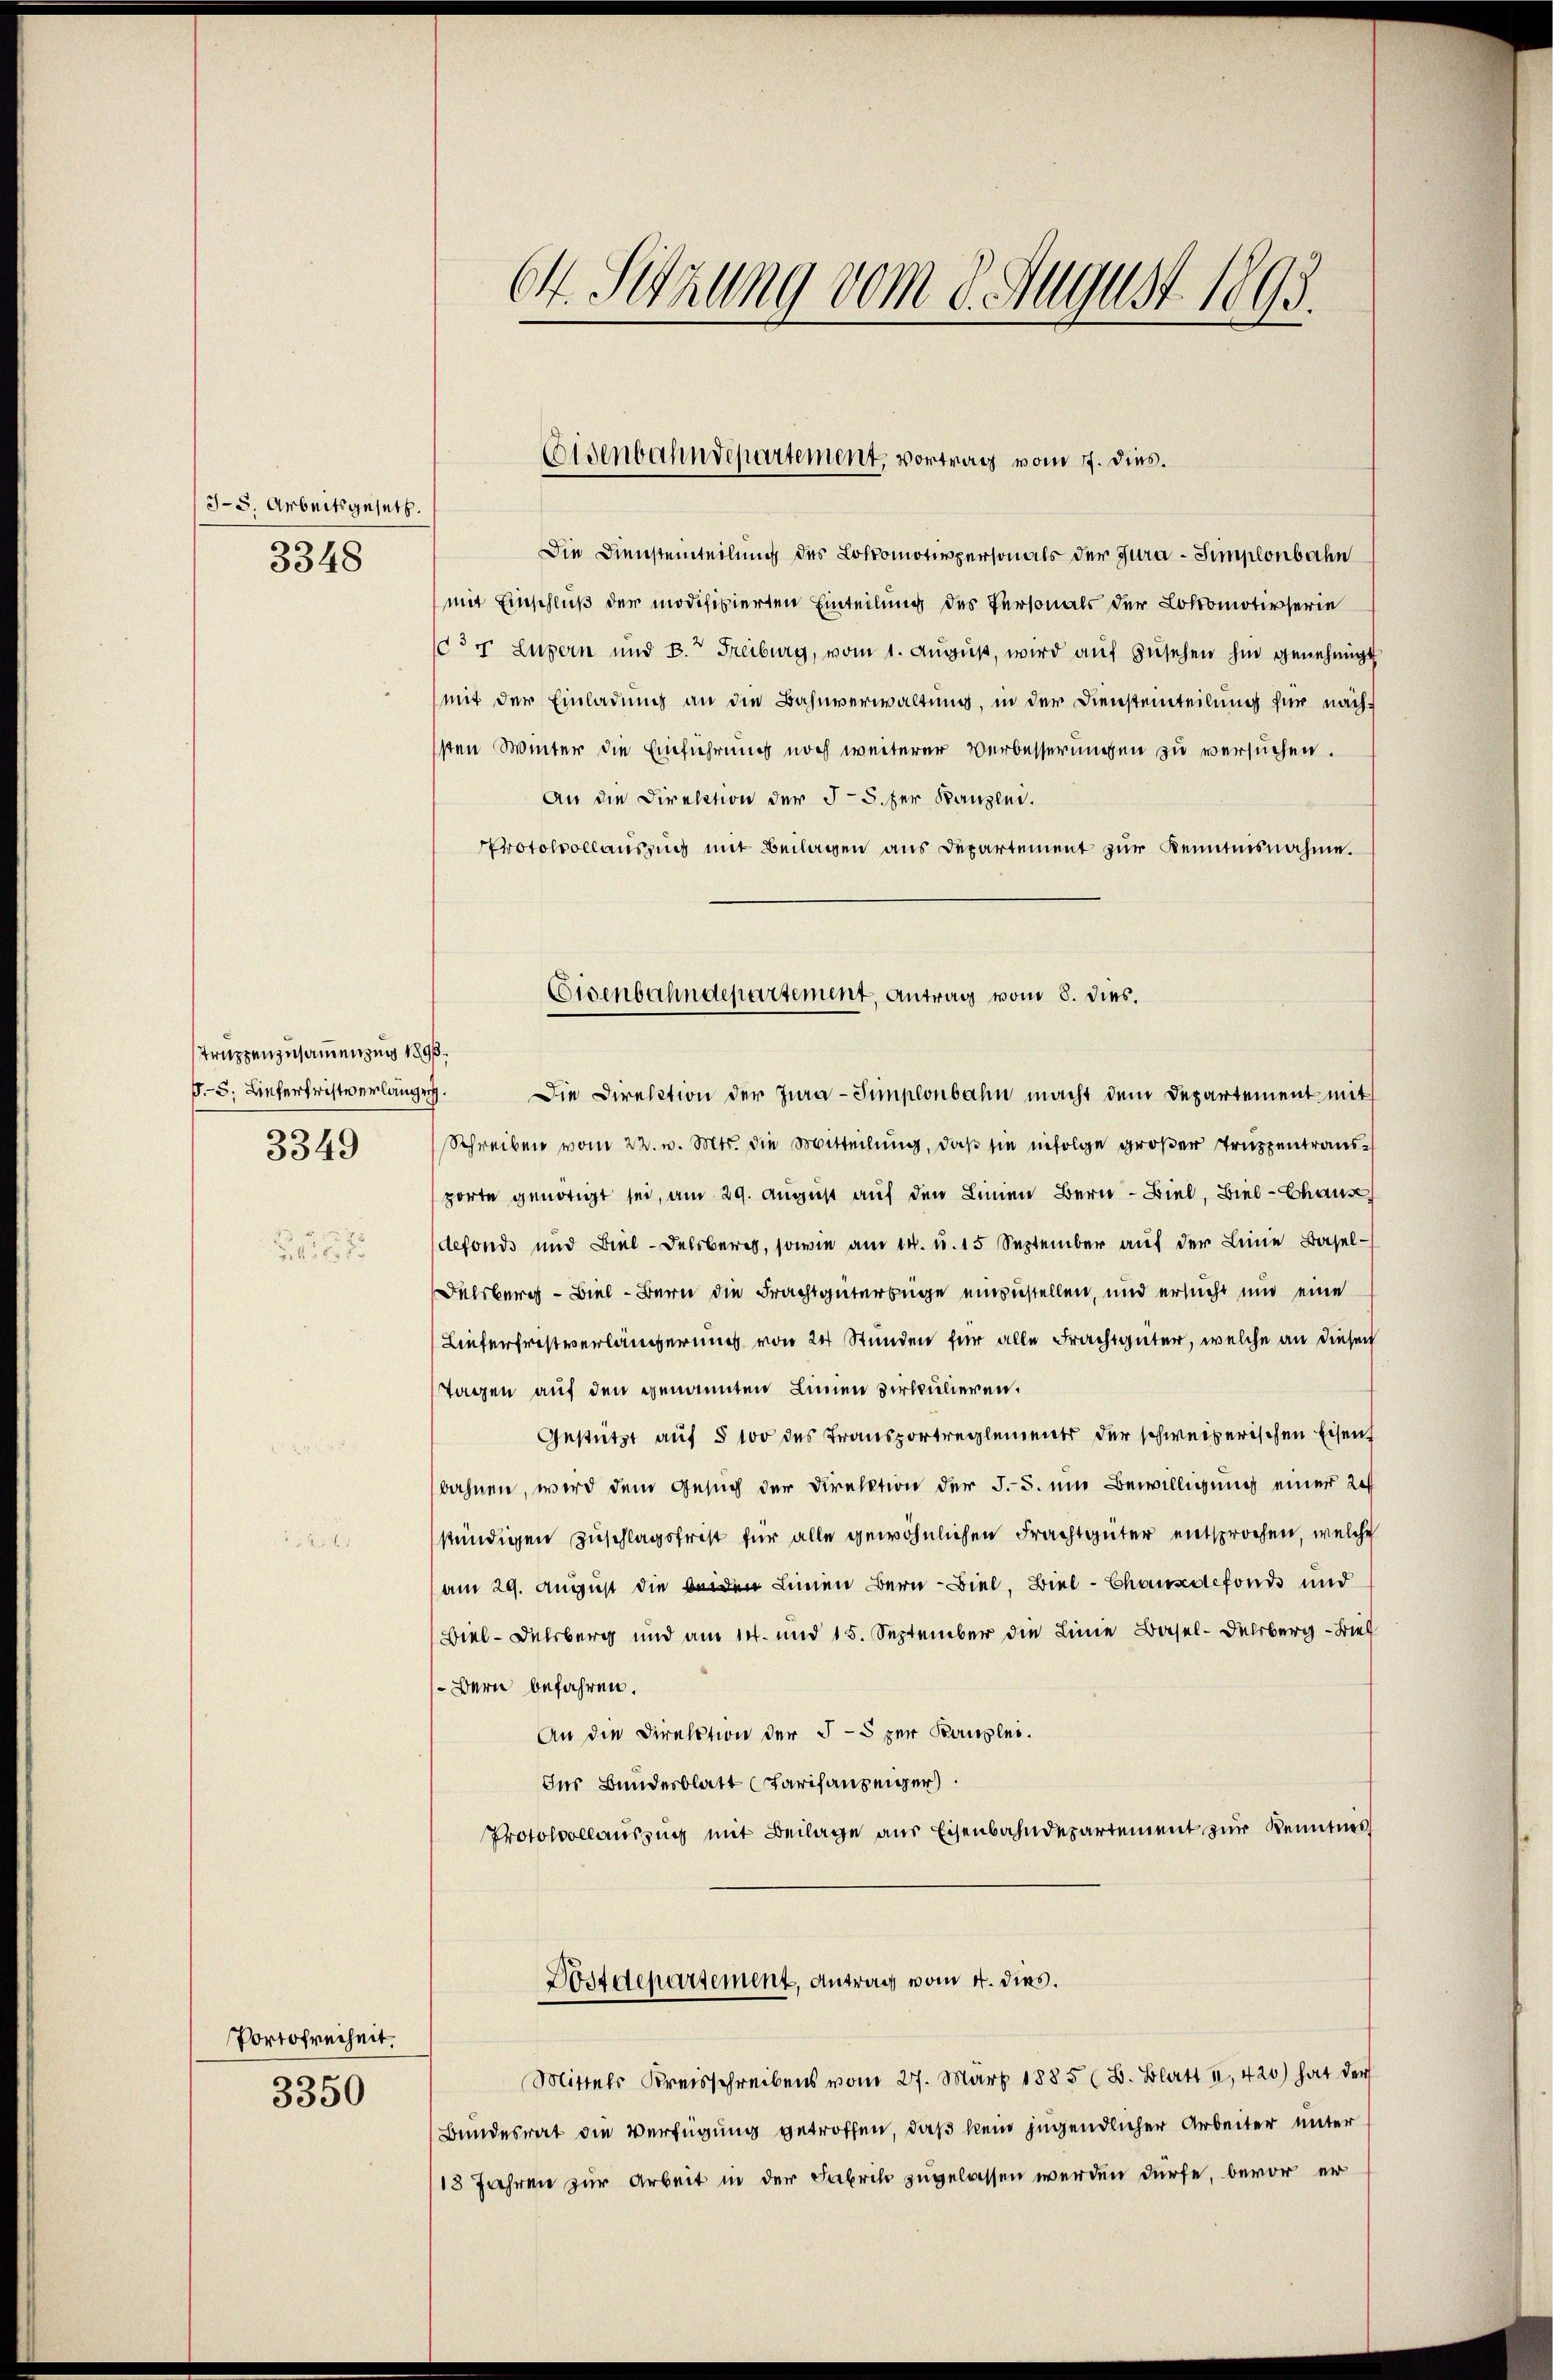
Truppenzusammenzung 1890.
§.8. Liefertristverlänge.
3349

Portofreiheit.

3350

3-5. Arbeitsgesetz.
3348

64. Setzung vom 9. August 1893.

Die Diensteinteilung des Lokomotivpersonals der Jura - Simplonbahn
mit Einschluß der modifizierten Einteilung des Personals der Lokomotivserie
3r Luzern und B. Freiburg, vom 1. August, wird auf zusehen hin genehmigt
mit der Einladung an die Bahnverwaltung, in der Diensteinteilung für nächsten Winter die Einführung noch weiterer Verbesserungen zu versuchen.
An die Direktion der § 5. der Kanzlei.
Protokollauszug mit Beilagen aus Departement zur Kenntnisnahme.
Die Direktion der Jura-Simplonbahn macht dem Departement mit
Schreiben vom 22. v. Mts. die Mitteilung, daß sie infolge großer Truppentrausporte genötigt sei, am 29. August auf den Linien Bern Biel, Biel - Chause
defonds und Biel - Delsberg, sowie am 14. u. 15 September auf der Leine Basel¬
Delsberg - Biel - Bern die Frachtgüterbüge einzustellen, und ersucht und eine
Lieferfristverlängerung von 24 Stunden für alle Frachtgüter, welche an diesen
Tagen auf den genannten Linien virkulieren.
Gestützt auf § 100 des Transportreglement der schweizerischen Eisen
bahnen, wird dem Gesuch der Direktion der §. 5. ein Bewilligung einer Re
stündigen Zuschlagsfrist für alle gewöhnlichen Frachtgüter entsprochen, welche
am 29. August die den Linien Bern Biel, Biel - Chausdefonds und
Viel-Delsberg und am 14. und 15. September die Linie Basel-Delsberg - Brief
Bern befahren.
An die Direktion der 3-5 per Bauplei.
Ins Bundesblatt (Tarifanzeiger
Protokollauszug mit Beilage aus Eisenbahndepartement zur Kenntnis
Dostdepartement, Antrag vom 4. dies.
Mittels Kreisschreibens vom 27. März 1885 (B. Blatt u. 420) hat der
Bundesrat die Verfügung getroffen, daß kein jugendlicher Arbeiter unter
118 Jahren zur Arbeit in der Fabrik zugelassen werden dürfe, bevor er

Eisenbahndepartement, vortrag vom 7. dies.

Eisenbahndepartement, Antrag vom 8. dies.